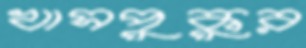
খাসপুকুর